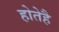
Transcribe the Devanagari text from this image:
होतेहै